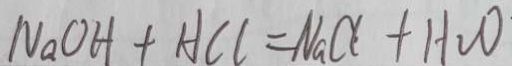
N a O H + H C l = N a C l + H _ { 2 } O